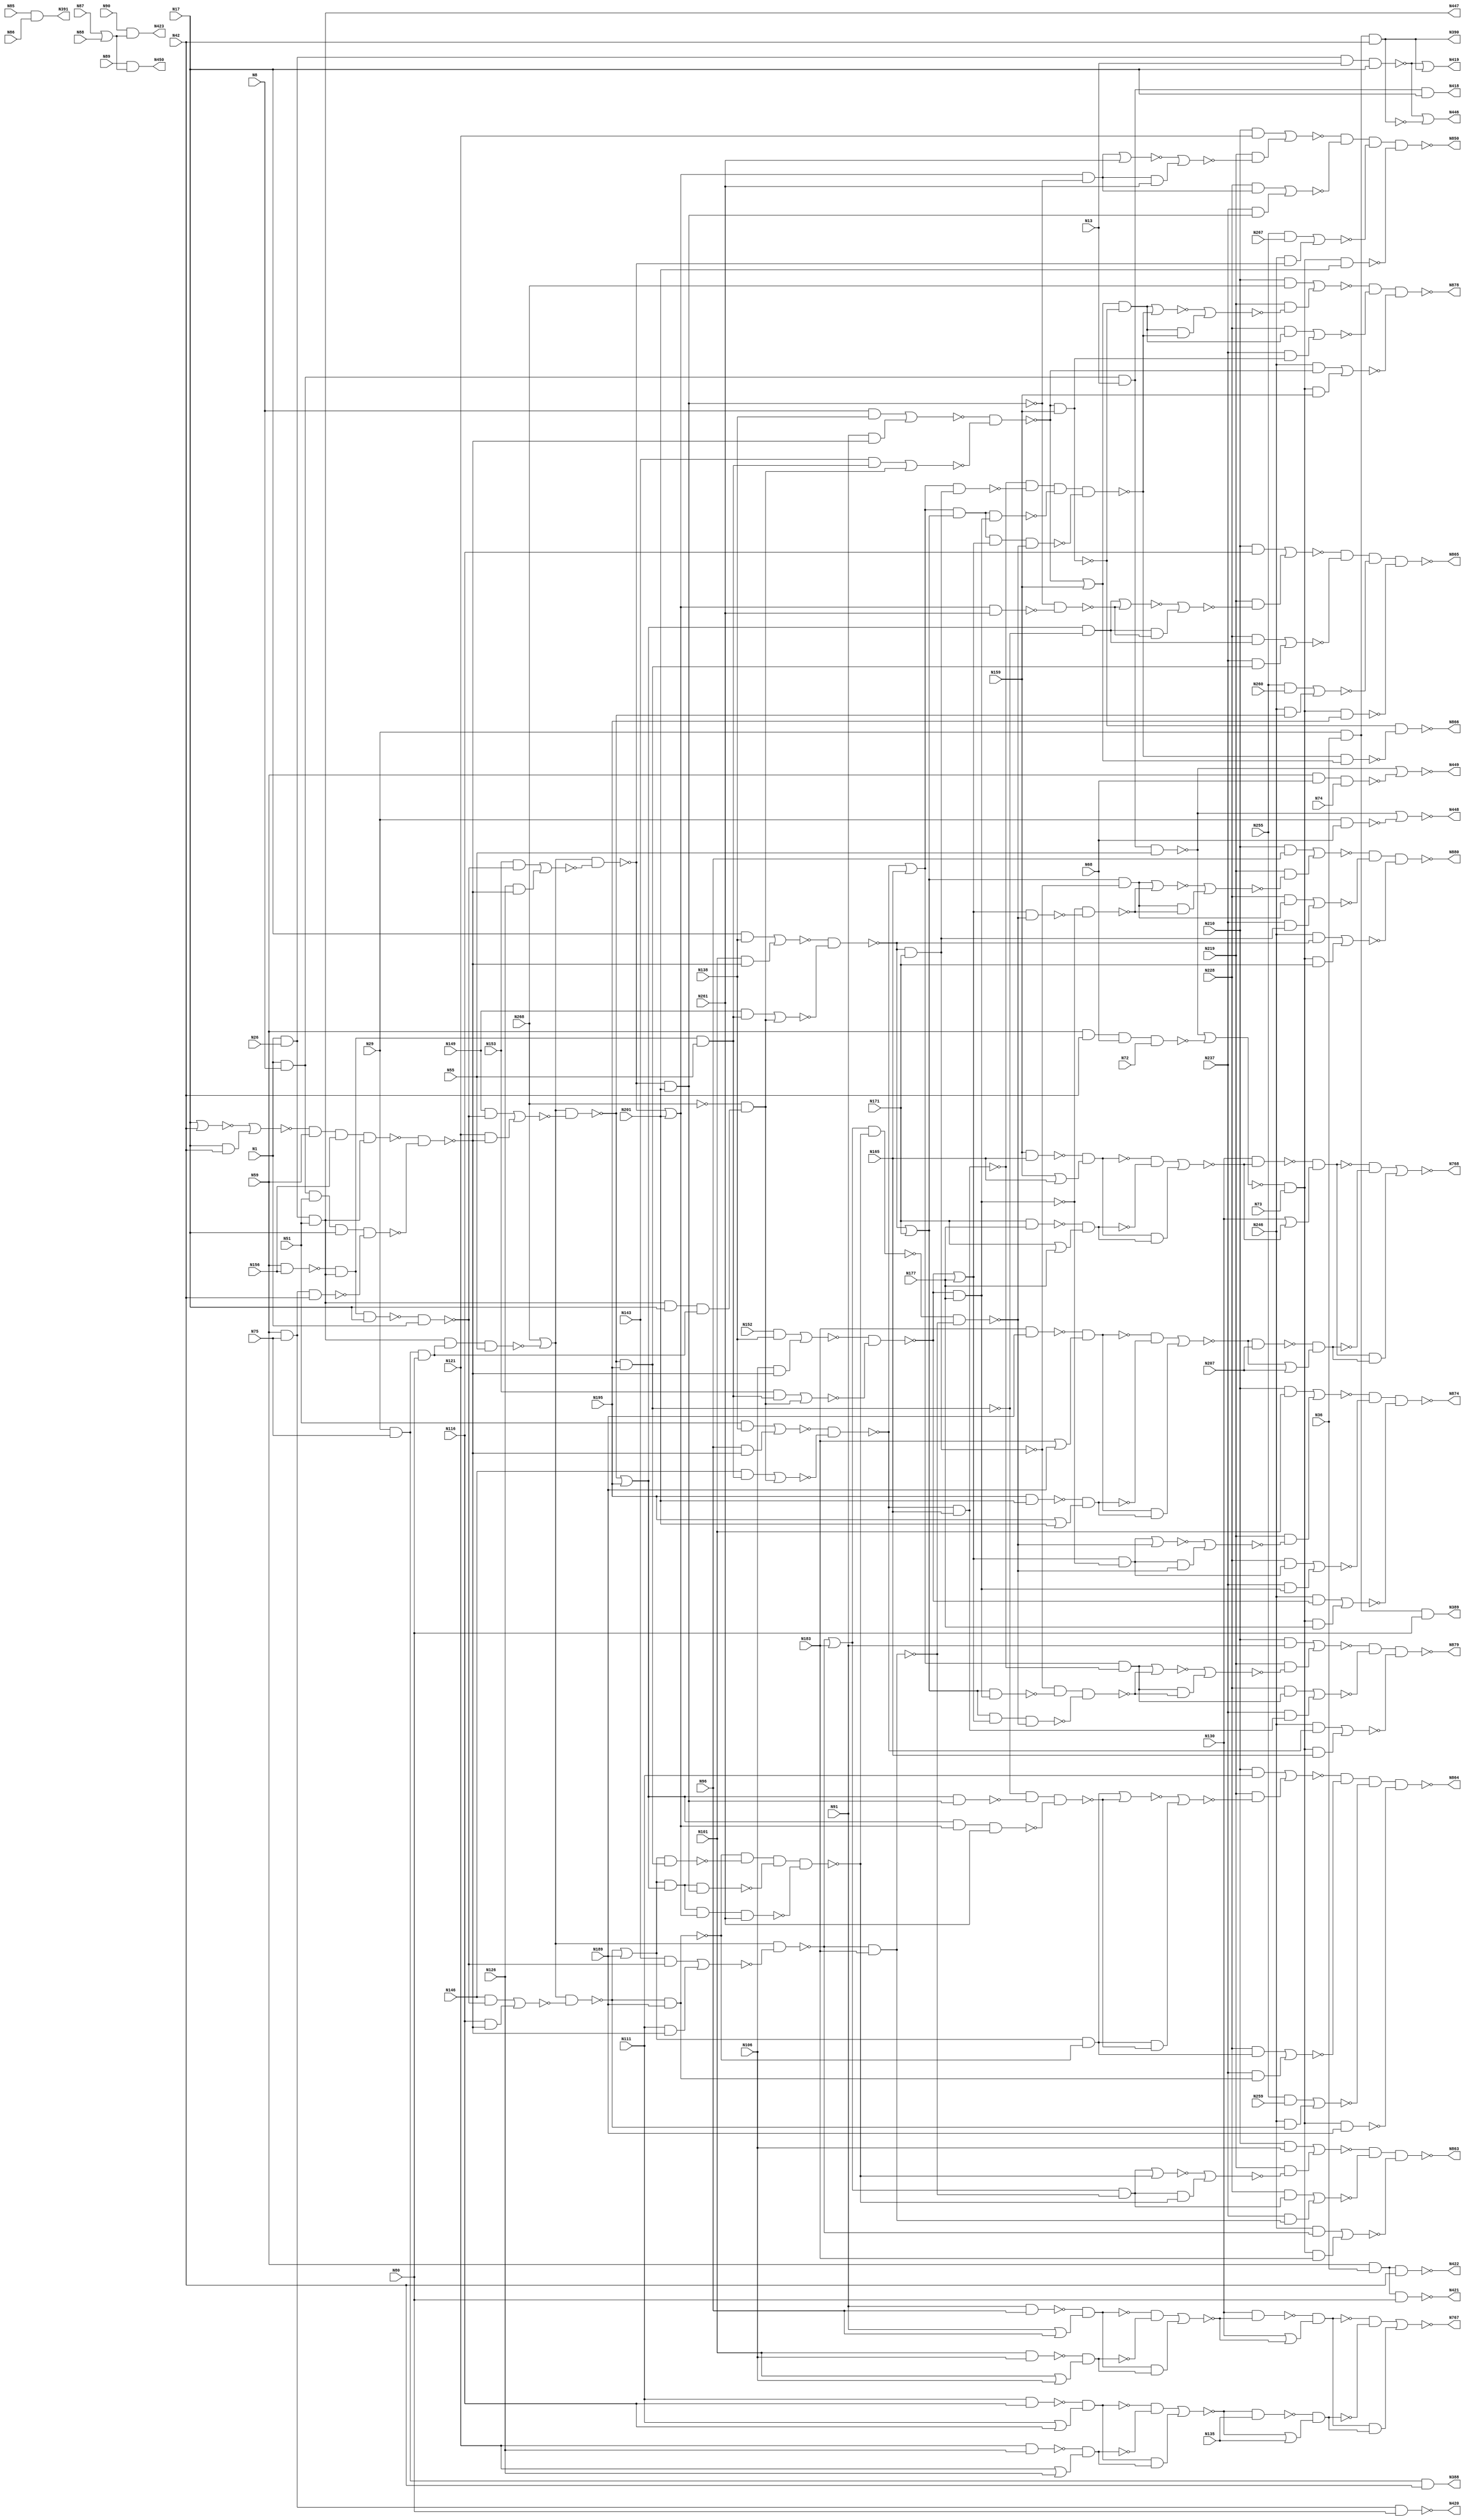
// This program was cloned from: https://github.com/techiepriyansh/zktsim
// License: Apache License 2.0

// Verilog
// c880
// Ninputs 60
// Noutputs 26
// NtotalGates 383
// NAND4 13
// AND3 12
// NAND2 60
// NAND3 14
// AND2 105
// OR2 29
// NOT1 63
// NOR2 61
// BUFF1 26

module c880 (N1,N8,N13,N17,N26,N29,N36,N42,N51,N55,
             N59,N68,N72,N73,N74,N75,N80,N85,N86,N87,
             N88,N89,N90,N91,N96,N101,N106,N111,N116,N121,
             N126,N130,N135,N138,N143,N146,N149,N152,N153,N156,
             N159,N165,N171,N177,N183,N189,N195,N201,N207,N210,
             N219,N228,N237,N246,N255,N259,N260,N261,N267,N268,
             N388,N389,N390,N391,N418,N419,N420,N421,N422,N423,
             N446,N447,N448,N449,N450,N767,N768,N850,N863,N864,
             N865,N866,N874,N878,N879,N880);

input N1,N8,N13,N17,N26,N29,N36,N42,N51,N55,
      N59,N68,N72,N73,N74,N75,N80,N85,N86,N87,
      N88,N89,N90,N91,N96,N101,N106,N111,N116,N121,
      N126,N130,N135,N138,N143,N146,N149,N152,N153,N156,
      N159,N165,N171,N177,N183,N189,N195,N201,N207,N210,
      N219,N228,N237,N246,N255,N259,N260,N261,N267,N268;

output N388,N389,N390,N391,N418,N419,N420,N421,N422,N423,
       N446,N447,N448,N449,N450,N767,N768,N850,N863,N864,
       N865,N866,N874,N878,N879,N880;

wire N269,N270,N273,N276,N279,N280,N284,N285,N286,N287,
     N290,N291,N292,N293,N294,N295,N296,N297,N298,N301,
     N302,N303,N304,N305,N306,N307,N308,N309,N310,N316,
     N317,N318,N319,N322,N323,N324,N325,N326,N327,N328,
     N329,N330,N331,N332,N333,N334,N335,N336,N337,N338,
     N339,N340,N341,N342,N343,N344,N345,N346,N347,N348,
     N349,N350,N351,N352,N353,N354,N355,N356,N357,N360,
     N363,N366,N369,N375,N376,N379,N382,N385,N392,N393,
     N399,N400,N401,N402,N403,N404,N405,N406,N407,N408,
     N409,N410,N411,N412,N413,N414,N415,N416,N417,N424,
     N425,N426,N427,N432,N437,N442,N443,N444,N445,N451,
     N460,N463,N466,N475,N476,N477,N478,N479,N480,N481,
     N482,N483,N488,N489,N490,N491,N492,N495,N498,N499,
     N500,N501,N502,N503,N504,N505,N506,N507,N508,N509,
     N510,N511,N512,N513,N514,N515,N516,N517,N518,N519,
     N520,N521,N522,N523,N524,N525,N526,N527,N528,N529,
     N530,N533,N536,N537,N538,N539,N540,N541,N542,N543,
     N544,N547,N550,N551,N552,N553,N557,N561,N565,N569,
     N573,N577,N581,N585,N586,N587,N588,N589,N590,N593,
     N596,N597,N600,N605,N606,N609,N615,N616,N619,N624,
     N625,N628,N631,N632,N635,N640,N641,N644,N650,N651,
     N654,N659,N660,N661,N662,N665,N669,N670,N673,N677,
     N678,N682,N686,N687,N692,N696,N697,N700,N704,N705,
     N708,N712,N713,N717,N721,N722,N727,N731,N732,N733,
     N734,N735,N736,N737,N738,N739,N740,N741,N742,N743,
     N744,N745,N746,N747,N748,N749,N750,N751,N752,N753,
     N754,N755,N756,N757,N758,N759,N760,N761,N762,N763,
     N764,N765,N766,N769,N770,N771,N772,N773,N777,N778,
     N781,N782,N785,N786,N787,N788,N789,N790,N791,N792,
     N793,N794,N795,N796,N802,N803,N804,N805,N806,N807,
     N808,N809,N810,N811,N812,N813,N814,N815,N819,N822,
     N825,N826,N827,N828,N829,N830,N831,N832,N833,N834,
     N835,N836,N837,N838,N839,N840,N841,N842,N843,N844,
     N845,N846,N847,N848,N849,N851,N852,N853,N854,N855,
     N856,N857,N858,N859,N860,N861,N862,N867,N868,N869,
     N870,N871,N872,N873,N875,N876,N877;

nand NAND4_1 (N269, N1, N8, N13, N17);
nand NAND4_2 (N270, N1, N26, N13, N17);
and AND3_3 (N273, N29, N36, N42);
and AND3_4 (N276, N1, N26, N51);
nand NAND4_5 (N279, N1, N8, N51, N17);
nand NAND4_6 (N280, N1, N8, N13, N55);
nand NAND4_7 (N284, N59, N42, N68, N72);
nand NAND2_8 (N285, N29, N68);
nand NAND3_9 (N286, N59, N68, N74);
and AND3_10 (N287, N29, N75, N80);
and AND3_11 (N290, N29, N75, N42);
and AND3_12 (N291, N29, N36, N80);
and AND3_13 (N292, N29, N36, N42);
and AND3_14 (N293, N59, N75, N80);
and AND3_15 (N294, N59, N75, N42);
and AND3_16 (N295, N59, N36, N80);
and AND3_17 (N296, N59, N36, N42);
and AND2_18 (N297, N85, N86);
or OR2_19 (N298, N87, N88);
nand NAND2_20 (N301, N91, N96);
or OR2_21 (N302, N91, N96);
nand NAND2_22 (N303, N101, N106);
or OR2_23 (N304, N101, N106);
nand NAND2_24 (N305, N111, N116);
or OR2_25 (N306, N111, N116);
nand NAND2_26 (N307, N121, N126);
or OR2_27 (N308, N121, N126);
and AND2_28 (N309, N8, N138);
not NOT1_29 (N310, N268);
and AND2_30 (N316, N51, N138);
and AND2_31 (N317, N17, N138);
and AND2_32 (N318, N152, N138);
nand NAND2_33 (N319, N59, N156);
nor NOR2_34 (N322, N17, N42);
and AND2_35 (N323, N17, N42);
nand NAND2_36 (N324, N159, N165);
or OR2_37 (N325, N159, N165);
nand NAND2_38 (N326, N171, N177);
or OR2_39 (N327, N171, N177);
nand NAND2_40 (N328, N183, N189);
or OR2_41 (N329, N183, N189);
nand NAND2_42 (N330, N195, N201);
or OR2_43 (N331, N195, N201);
and AND2_44 (N332, N210, N91);
and AND2_45 (N333, N210, N96);
and AND2_46 (N334, N210, N101);
and AND2_47 (N335, N210, N106);
and AND2_48 (N336, N210, N111);
and AND2_49 (N337, N255, N259);
and AND2_50 (N338, N210, N116);
and AND2_51 (N339, N255, N260);
and AND2_52 (N340, N210, N121);
and AND2_53 (N341, N255, N267);
not NOT1_54 (N342, N269);
not NOT1_55 (N343, N273);
or OR2_56 (N344, N270, N273);
not NOT1_57 (N345, N276);
not NOT1_58 (N346, N276);
not NOT1_59 (N347, N279);
nor NOR2_60 (N348, N280, N284);
or OR2_61 (N349, N280, N285);
or OR2_62 (N350, N280, N286);
not NOT1_63 (N351, N293);
not NOT1_64 (N352, N294);
not NOT1_65 (N353, N295);
not NOT1_66 (N354, N296);
nand NAND2_67 (N355, N89, N298);
and AND2_68 (N356, N90, N298);
nand NAND2_69 (N357, N301, N302);
nand NAND2_70 (N360, N303, N304);
nand NAND2_71 (N363, N305, N306);
nand NAND2_72 (N366, N307, N308);
not NOT1_73 (N369, N310);
nor NOR2_74 (N375, N322, N323);
nand NAND2_75 (N376, N324, N325);
nand NAND2_76 (N379, N326, N327);
nand NAND2_77 (N382, N328, N329);
nand NAND2_78 (N385, N330, N331);
buf BUFF1_79 (N388, N290);
buf BUFF1_80 (N389, N291);
buf BUFF1_81 (N390, N292);
buf BUFF1_82 (N391, N297);
or OR2_83 (N392, N270, N343);
not NOT1_84 (N393, N345);
not NOT1_85 (N399, N346);
and AND2_86 (N400, N348, N73);
not NOT1_87 (N401, N349);
not NOT1_88 (N402, N350);
not NOT1_89 (N403, N355);
not NOT1_90 (N404, N357);
not NOT1_91 (N405, N360);
and AND2_92 (N406, N357, N360);
not NOT1_93 (N407, N363);
not NOT1_94 (N408, N366);
and AND2_95 (N409, N363, N366);
nand NAND2_96 (N410, N347, N352);
not NOT1_97 (N411, N376);
not NOT1_98 (N412, N379);
and AND2_99 (N413, N376, N379);
not NOT1_100 (N414, N382);
not NOT1_101 (N415, N385);
and AND2_102 (N416, N382, N385);
and AND2_103 (N417, N210, N369);
buf BUFF1_104 (N418, N342);
buf BUFF1_105 (N419, N344);
buf BUFF1_106 (N420, N351);
buf BUFF1_107 (N421, N353);
buf BUFF1_108 (N422, N354);
buf BUFF1_109 (N423, N356);
not NOT1_110 (N424, N400);
and AND2_111 (N425, N404, N405);
and AND2_112 (N426, N407, N408);
and AND3_113 (N427, N319, N393, N55);
and AND3_114 (N432, N393, N17, N287);
nand NAND3_115 (N437, N393, N287, N55);
nand NAND4_116 (N442, N375, N59, N156, N393);
nand NAND3_117 (N443, N393, N319, N17);
and AND2_118 (N444, N411, N412);
and AND2_119 (N445, N414, N415);
buf BUFF1_120 (N446, N392);
buf BUFF1_121 (N447, N399);
buf BUFF1_122 (N448, N401);
buf BUFF1_123 (N449, N402);
buf BUFF1_124 (N450, N403);
not NOT1_125 (N451, N424);
nor NOR2_126 (N460, N406, N425);
nor NOR2_127 (N463, N409, N426);
nand NAND2_128 (N466, N442, N410);
and AND2_129 (N475, N143, N427);
and AND2_130 (N476, N310, N432);
and AND2_131 (N477, N146, N427);
and AND2_132 (N478, N310, N432);
and AND2_133 (N479, N149, N427);
and AND2_134 (N480, N310, N432);
and AND2_135 (N481, N153, N427);
and AND2_136 (N482, N310, N432);
nand NAND2_137 (N483, N443, N1);
or OR2_138 (N488, N369, N437);
or OR2_139 (N489, N369, N437);
or OR2_140 (N490, N369, N437);
or OR2_141 (N491, N369, N437);
nor NOR2_142 (N492, N413, N444);
nor NOR2_143 (N495, N416, N445);
nand NAND2_144 (N498, N130, N460);
or OR2_145 (N499, N130, N460);
nand NAND2_146 (N500, N463, N135);
or OR2_147 (N501, N463, N135);
and AND2_148 (N502, N91, N466);
nor NOR2_149 (N503, N475, N476);
and AND2_150 (N504, N96, N466);
nor NOR2_151 (N505, N477, N478);
and AND2_152 (N506, N101, N466);
nor NOR2_153 (N507, N479, N480);
and AND2_154 (N508, N106, N466);
nor NOR2_155 (N509, N481, N482);
and AND2_156 (N510, N143, N483);
and AND2_157 (N511, N111, N466);
and AND2_158 (N512, N146, N483);
and AND2_159 (N513, N116, N466);
and AND2_160 (N514, N149, N483);
and AND2_161 (N515, N121, N466);
and AND2_162 (N516, N153, N483);
and AND2_163 (N517, N126, N466);
nand NAND2_164 (N518, N130, N492);
or OR2_165 (N519, N130, N492);
nand NAND2_166 (N520, N495, N207);
or OR2_167 (N521, N495, N207);
and AND2_168 (N522, N451, N159);
and AND2_169 (N523, N451, N165);
and AND2_170 (N524, N451, N171);
and AND2_171 (N525, N451, N177);
and AND2_172 (N526, N451, N183);
nand NAND2_173 (N527, N451, N189);
nand NAND2_174 (N528, N451, N195);
nand NAND2_175 (N529, N451, N201);
nand NAND2_176 (N530, N498, N499);
nand NAND2_177 (N533, N500, N501);
nor NOR2_178 (N536, N309, N502);
nor NOR2_179 (N537, N316, N504);
nor NOR2_180 (N538, N317, N506);
nor NOR2_181 (N539, N318, N508);
nor NOR2_182 (N540, N510, N511);
nor NOR2_183 (N541, N512, N513);
nor NOR2_184 (N542, N514, N515);
nor NOR2_185 (N543, N516, N517);
nand NAND2_186 (N544, N518, N519);
nand NAND2_187 (N547, N520, N521);
not NOT1_188 (N550, N530);
not NOT1_189 (N551, N533);
and AND2_190 (N552, N530, N533);
nand NAND2_191 (N553, N536, N503);
nand NAND2_192 (N557, N537, N505);
nand NAND2_193 (N561, N538, N507);
nand NAND2_194 (N565, N539, N509);
nand NAND2_195 (N569, N488, N540);
nand NAND2_196 (N573, N489, N541);
nand NAND2_197 (N577, N490, N542);
nand NAND2_198 (N581, N491, N543);
not NOT1_199 (N585, N544);
not NOT1_200 (N586, N547);
and AND2_201 (N587, N544, N547);
and AND2_202 (N588, N550, N551);
and AND2_203 (N589, N585, N586);
nand NAND2_204 (N590, N553, N159);
or OR2_205 (N593, N553, N159);
and AND2_206 (N596, N246, N553);
nand NAND2_207 (N597, N557, N165);
or OR2_208 (N600, N557, N165);
and AND2_209 (N605, N246, N557);
nand NAND2_210 (N606, N561, N171);
or OR2_211 (N609, N561, N171);
and AND2_212 (N615, N246, N561);
nand NAND2_213 (N616, N565, N177);
or OR2_214 (N619, N565, N177);
and AND2_215 (N624, N246, N565);
nand NAND2_216 (N625, N569, N183);
or OR2_217 (N628, N569, N183);
and AND2_218 (N631, N246, N569);
nand NAND2_219 (N632, N573, N189);
or OR2_220 (N635, N573, N189);
and AND2_221 (N640, N246, N573);
nand NAND2_222 (N641, N577, N195);
or OR2_223 (N644, N577, N195);
and AND2_224 (N650, N246, N577);
nand NAND2_225 (N651, N581, N201);
or OR2_226 (N654, N581, N201);
and AND2_227 (N659, N246, N581);
nor NOR2_228 (N660, N552, N588);
nor NOR2_229 (N661, N587, N589);
not NOT1_230 (N662, N590);
and AND2_231 (N665, N593, N590);
nor NOR2_232 (N669, N596, N522);
not NOT1_233 (N670, N597);
and AND2_234 (N673, N600, N597);
nor NOR2_235 (N677, N605, N523);
not NOT1_236 (N678, N606);
and AND2_237 (N682, N609, N606);
nor NOR2_238 (N686, N615, N524);
not NOT1_239 (N687, N616);
and AND2_240 (N692, N619, N616);
nor NOR2_241 (N696, N624, N525);
not NOT1_242 (N697, N625);
and AND2_243 (N700, N628, N625);
nor NOR2_244 (N704, N631, N526);
not NOT1_245 (N705, N632);
and AND2_246 (N708, N635, N632);
nor NOR2_247 (N712, N337, N640);
not NOT1_248 (N713, N641);
and AND2_249 (N717, N644, N641);
nor NOR2_250 (N721, N339, N650);
not NOT1_251 (N722, N651);
and AND2_252 (N727, N654, N651);
nor NOR2_253 (N731, N341, N659);
nand NAND2_254 (N732, N654, N261);
nand NAND3_255 (N733, N644, N654, N261);
nand NAND4_256 (N734, N635, N644, N654, N261);
not NOT1_257 (N735, N662);
and AND2_258 (N736, N228, N665);
and AND2_259 (N737, N237, N662);
not NOT1_260 (N738, N670);
and AND2_261 (N739, N228, N673);
and AND2_262 (N740, N237, N670);
not NOT1_263 (N741, N678);
and AND2_264 (N742, N228, N682);
and AND2_265 (N743, N237, N678);
not NOT1_266 (N744, N687);
and AND2_267 (N745, N228, N692);
and AND2_268 (N746, N237, N687);
not NOT1_269 (N747, N697);
and AND2_270 (N748, N228, N700);
and AND2_271 (N749, N237, N697);
not NOT1_272 (N750, N705);
and AND2_273 (N751, N228, N708);
and AND2_274 (N752, N237, N705);
not NOT1_275 (N753, N713);
and AND2_276 (N754, N228, N717);
and AND2_277 (N755, N237, N713);
not NOT1_278 (N756, N722);
nor NOR2_279 (N757, N727, N261);
and AND2_280 (N758, N727, N261);
and AND2_281 (N759, N228, N727);
and AND2_282 (N760, N237, N722);
nand NAND2_283 (N761, N644, N722);
nand NAND2_284 (N762, N635, N713);
nand NAND3_285 (N763, N635, N644, N722);
nand NAND2_286 (N764, N609, N687);
nand NAND2_287 (N765, N600, N678);
nand NAND3_288 (N766, N600, N609, N687);
buf BUFF1_289 (N767, N660);
buf BUFF1_290 (N768, N661);
nor NOR2_291 (N769, N736, N737);
nor NOR2_292 (N770, N739, N740);
nor NOR2_293 (N771, N742, N743);
nor NOR2_294 (N772, N745, N746);
nand NAND4_295 (N773, N750, N762, N763, N734);
nor NOR2_296 (N777, N748, N749);
nand NAND3_297 (N778, N753, N761, N733);
nor NOR2_298 (N781, N751, N752);
nand NAND2_299 (N782, N756, N732);
nor NOR2_300 (N785, N754, N755);
nor NOR2_301 (N786, N757, N758);
nor NOR2_302 (N787, N759, N760);
nor NOR2_303 (N788, N700, N773);
and AND2_304 (N789, N700, N773);
nor NOR2_305 (N790, N708, N778);
and AND2_306 (N791, N708, N778);
nor NOR2_307 (N792, N717, N782);
and AND2_308 (N793, N717, N782);
and AND2_309 (N794, N219, N786);
nand NAND2_310 (N795, N628, N773);
nand NAND2_311 (N796, N795, N747);
nor NOR2_312 (N802, N788, N789);
nor NOR2_313 (N803, N790, N791);
nor NOR2_314 (N804, N792, N793);
nor NOR2_315 (N805, N340, N794);
nor NOR2_316 (N806, N692, N796);
and AND2_317 (N807, N692, N796);
and AND2_318 (N808, N219, N802);
and AND2_319 (N809, N219, N803);
and AND2_320 (N810, N219, N804);
nand NAND4_321 (N811, N805, N787, N731, N529);
nand NAND2_322 (N812, N619, N796);
nand NAND3_323 (N813, N609, N619, N796);
nand NAND4_324 (N814, N600, N609, N619, N796);
nand NAND4_325 (N815, N738, N765, N766, N814);
nand NAND3_326 (N819, N741, N764, N813);
nand NAND2_327 (N822, N744, N812);
nor NOR2_328 (N825, N806, N807);
nor NOR2_329 (N826, N335, N808);
nor NOR2_330 (N827, N336, N809);
nor NOR2_331 (N828, N338, N810);
not NOT1_332 (N829, N811);
nor NOR2_333 (N830, N665, N815);
and AND2_334 (N831, N665, N815);
nor NOR2_335 (N832, N673, N819);
and AND2_336 (N833, N673, N819);
nor NOR2_337 (N834, N682, N822);
and AND2_338 (N835, N682, N822);
and AND2_339 (N836, N219, N825);
nand NAND3_340 (N837, N826, N777, N704);
nand NAND4_341 (N838, N827, N781, N712, N527);
nand NAND4_342 (N839, N828, N785, N721, N528);
not NOT1_343 (N840, N829);
nand NAND2_344 (N841, N815, N593);
nor NOR2_345 (N842, N830, N831);
nor NOR2_346 (N843, N832, N833);
nor NOR2_347 (N844, N834, N835);
nor NOR2_348 (N845, N334, N836);
not NOT1_349 (N846, N837);
not NOT1_350 (N847, N838);
not NOT1_351 (N848, N839);
and AND2_352 (N849, N735, N841);
buf BUFF1_353 (N850, N840);
and AND2_354 (N851, N219, N842);
and AND2_355 (N852, N219, N843);
and AND2_356 (N853, N219, N844);
nand NAND3_357 (N854, N845, N772, N696);
not NOT1_358 (N855, N846);
not NOT1_359 (N856, N847);
not NOT1_360 (N857, N848);
not NOT1_361 (N858, N849);
nor NOR2_362 (N859, N417, N851);
nor NOR2_363 (N860, N332, N852);
nor NOR2_364 (N861, N333, N853);
not NOT1_365 (N862, N854);
buf BUFF1_366 (N863, N855);
buf BUFF1_367 (N864, N856);
buf BUFF1_368 (N865, N857);
buf BUFF1_369 (N866, N858);
nand NAND3_370 (N867, N859, N769, N669);
nand NAND3_371 (N868, N860, N770, N677);
nand NAND3_372 (N869, N861, N771, N686);
not NOT1_373 (N870, N862);
not NOT1_374 (N871, N867);
not NOT1_375 (N872, N868);
not NOT1_376 (N873, N869);
buf BUFF1_377 (N874, N870);
not NOT1_378 (N875, N871);
not NOT1_379 (N876, N872);
not NOT1_380 (N877, N873);
buf BUFF1_381 (N878, N875);
buf BUFF1_382 (N879, N876);
buf BUFF1_383 (N880, N877);

endmodule